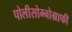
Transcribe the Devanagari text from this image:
पोलीसोम्नोग्राफी